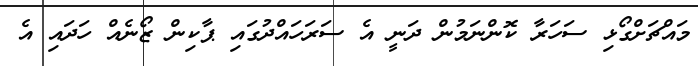
މައްޗަށްގޯޅި ސަހަރާ ކޮންނަމުން ދަނީ އެ ސަރަހައްދުގައި ޕާކިން ޒޯނެއް ހަދައި އެ